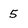
Character: 5